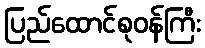
ပြည်ထောင်စုဝန်ကြီး